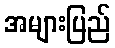
အများပြည်